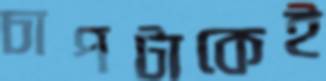
চাপটাকেই